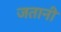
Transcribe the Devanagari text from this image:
जतानी